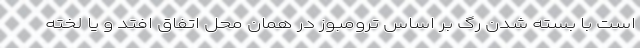
است با بسته شدن رگ بر اساس ترومبوز در همان محل اتفاق افتد و یا لخته